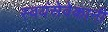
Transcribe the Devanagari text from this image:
स्वयंसेवेकानी